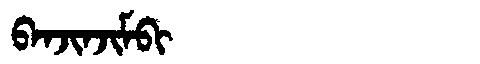
Manchu: ᠪᠠᠨᠵᡳᠨᠵᡳᠮᠪᡳ
Romanization: BANJINJIMBI